Civil Veterinary Department Bihar & Orissa reports 1922-29 - 1922-1929
Year: 1922
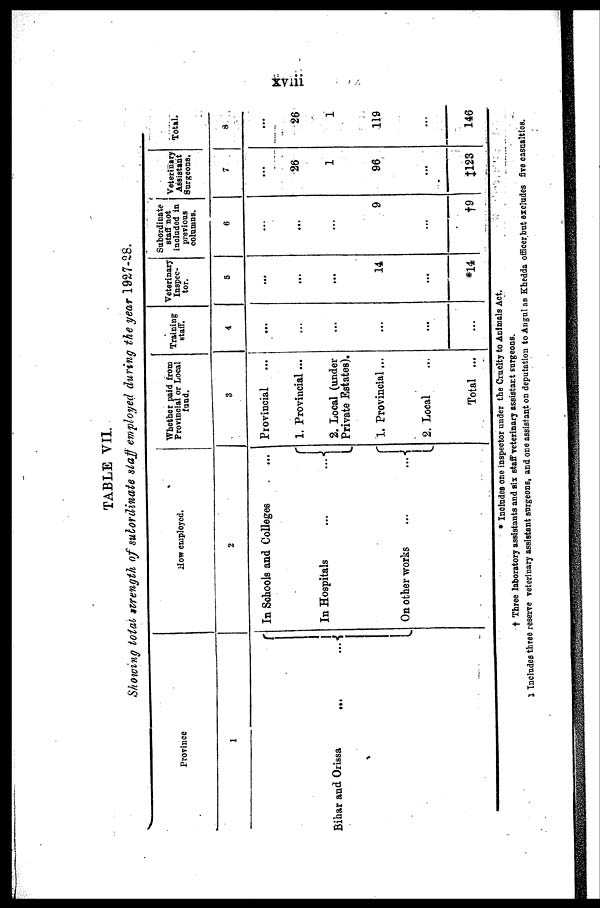
TABLE VII.
Showing total strength of subordinate staff employed during the year 1927-28.
Province
1
Bihar and Orissa
.......
How employed.
2
In Schools and Colleges
In Hospitals
On other works...
Whether paid from
Provincial or Local
fund.
3
Provincial
1. Provincial ...
2. Local (under
Private Estates).
1. Provincial...
2. Local
Total ...
Training
staff.
4
...
...
...
...
...
...
Veterinary
Inspec-
tor.
...
...
...
14
...
14
Subordinate
staff not
included in
previous
columns.
6
...
...
9
...
†9
Veterinary
Assistant
Surgreons.
7
26
1
96
...
‡123
Total.
8
26
1
119
...
146
* Includes one inspector under the Cruelty to Animals Act.
† Three laboratory assistants and six staff veterinary assistant surgeons.
‡ Includes three reserve veterinary assistant surgeons, and one assistant on deputation to Angul as Khedda officer but excludes five casualties.